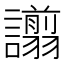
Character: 譾